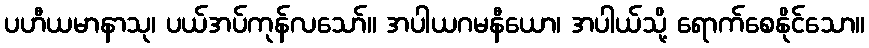
ပဟီယမာနာသု၊ ပယ်အပ်ကုန်လသော်။ အပါယဂမနီယော၊ အပါယ်သို့ ရောက်စေနိုင်သော။